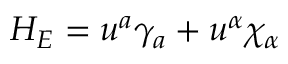
H _ { E } = u ^ { a } \gamma _ { a } + u ^ { \alpha } \chi _ { \alpha }